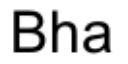
Bha